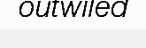
outwiled